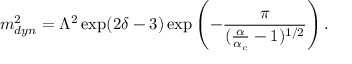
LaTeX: m _ { d y n } ^ { 2 } = \Lambda ^ { 2 } \exp ( 2 \delta - 3 ) \exp \left( - \frac { \pi } { ( \frac { \alpha } { \alpha _ { c } } - 1 ) ^ { 1 / 2 } } \right) .